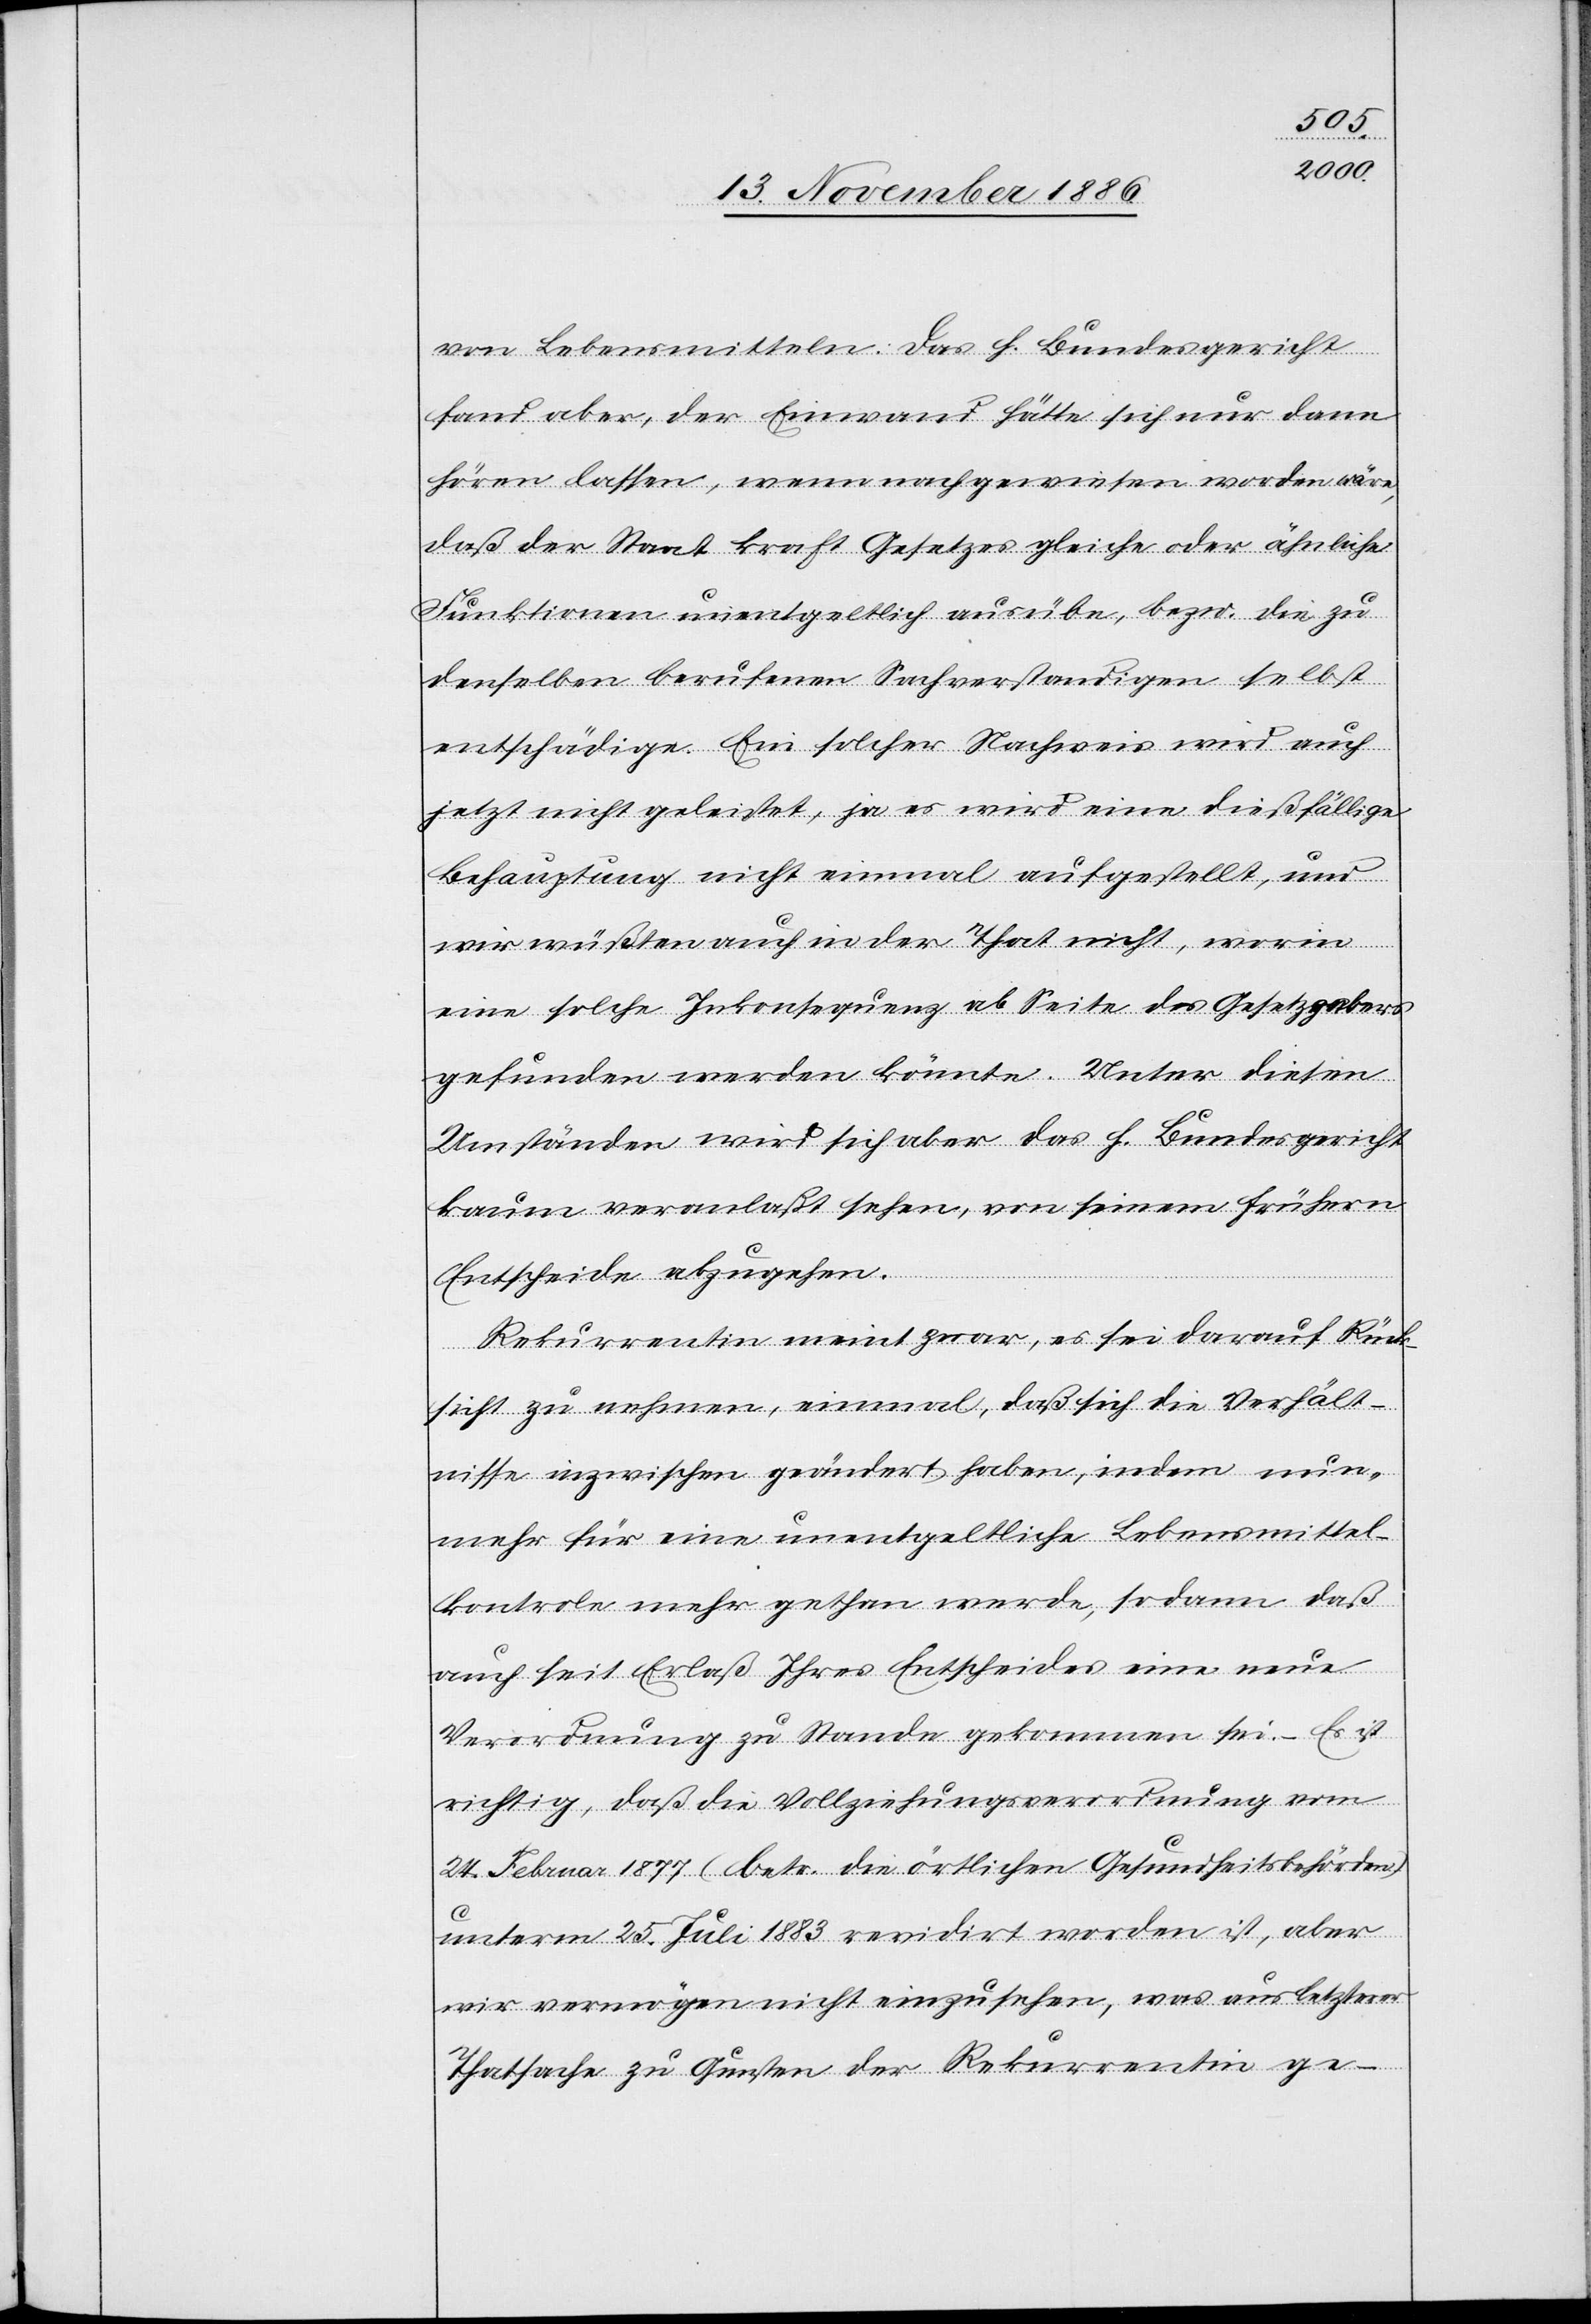
von Lebensmitteln. Das h. Bundesgericht
fand aber, der Einwand hätte sich nur dann
hören lassen, wenn nachgewiesen worden wäre,
daß der Staat kraft Gesetzes gleiche oder ähnliche
Funktionen unentgeltlich ausübe, bezw. die zu
denselben berufenen Sachverstandigen [si¬
entschädige. Ein solcher Nachweis wird auch
jetzt nicht geleistet, ja es wird eine dießfällige
Behauptung nicht einmal aufgestellt, und
wir wüßten auch in der That nicht, worin
eine solche Inkonsequenz ab Seite des Gesetzgebers
gefunden werden könnte. Unter diesen
Umständen wird sich aber das h. Bundesgericht
kaum veranlaßt sehen, von seinem frühern
Entscheide abzugehen.
Rekurrentin meint zwar, es sei darauf Rück¬
sicht zu nehmen, einmal, daß sich die Verhält¬
nisse inzwischen geändert haben, indem nun¬
mehr für eine unentgeltliche Lebensmittel¬
kontrole mehr gethan werde, sodann daß
auch seit Erlaß Ihres Entscheides eine neue
Verordnung zu Stande gekommen sei. – Es ist
richtig, daß die Vollziehungsverordnung vom
24. Februar 1877 (betr. die örtlichen Gesundheitsbehörden)
c!]
unterm 25. Juli 1883 revidirt worden ist, aber
wir vermögen nicht einzusehen, was aus letzterer
Thatsache zu Gunsten der Rekurrentin ge-